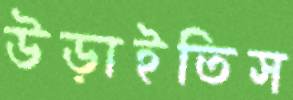
উড়াইতিস